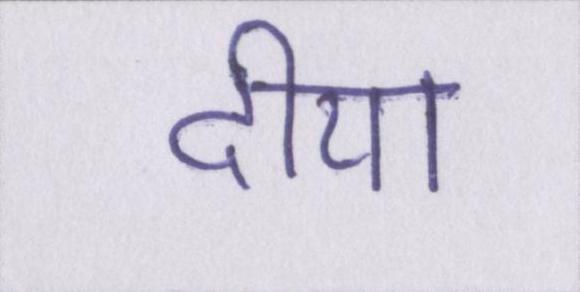
दीया